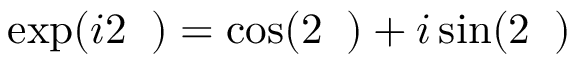
\exp ( i 2 { \it \Delta \phi } ) = \cos ( 2 { \it \Delta \phi } ) + i \sin ( 2 { \it \Delta \phi } )